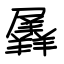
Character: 羼